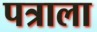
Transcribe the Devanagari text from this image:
पत्राला